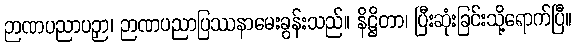
ဉာဏပညာပဉှာ၊ ဉာဏပညာပြဿနာမေးခွန်းသည်။ နိဋ္ဌိတာ၊ ပြီးဆုံးခြင်းသို့ရောက်ပြီ။